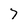
Character: 7